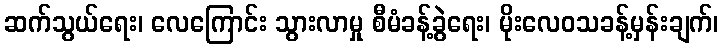
ဆက်သွယ်ရေး၊ လေကြောင်း သွားလာမှု စီမံခန့်ခွဲရေး၊ မိုးလေဝသခန့်မှန်းချက်၊